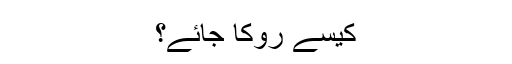
کیسے روکا جائے؟